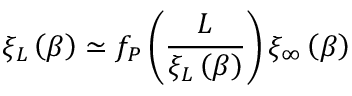
\xi _ { L } \left( \beta \right) \simeq f _ { P } \left( \frac { L } { \xi _ { L } \left( \beta \right) } \right) \xi _ { \infty } \left( \beta \right)